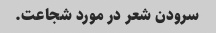
سرودن شعر در مورد شجاعت.